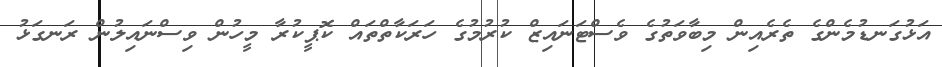
އަޅުގަނޑުމެންގެ ތެރެއިން މިބާވަތުގެ ވެސްޓަނައިޒް ކުރުމުގެ ހަރަކާތްތައް ކޮޕީކުރާ މީހުން ވިސްނައިލުން ރަނގަޅު